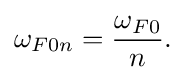
\omega _{F0n}={\frac {\omega _{F0}}{n}}.\